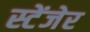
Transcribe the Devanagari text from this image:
स्टेंजेर